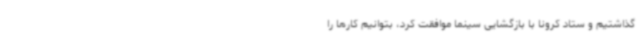
گذاشتیم و ستاد کرونا با بازگشایی سینما موافقت کرد، بتوانیم کارها را